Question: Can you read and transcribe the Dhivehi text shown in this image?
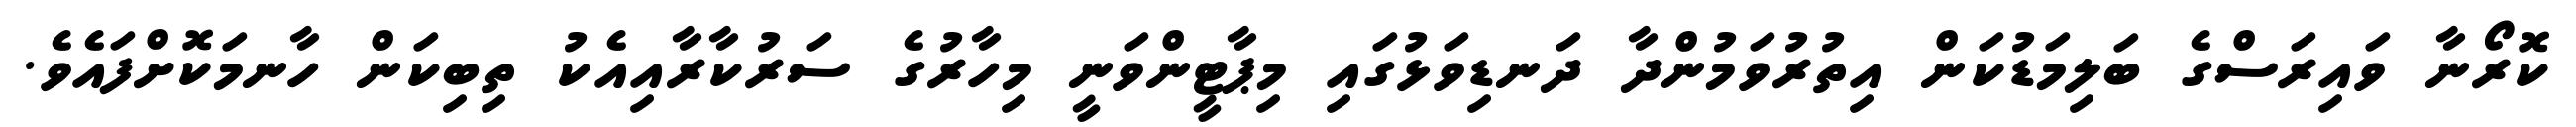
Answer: ކޮރޯނާ ވައިރަސްގެ ބަލިމަޑުކަން އިތުރުވަމުންދާ ދަނޑިވަޅުގައި މިޕާޓީންވަނީ މިހާރުގެ ސަރުކާރާއިއެކު ތިބިކަން ހާނމަކޮށްފައެވެ.